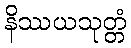
နိဿယသုတ္တံ